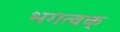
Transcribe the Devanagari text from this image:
भगत्वक्